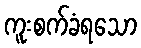
ကူးစက်ခံရသော